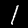
Label: 1